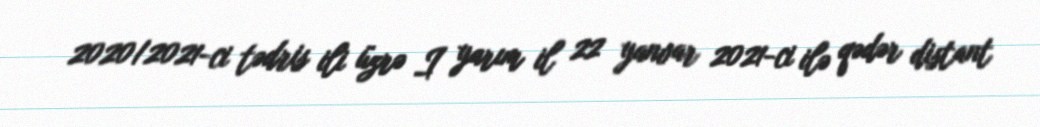
2020/2021-ci tədris ili üzrə I yarım il 22 yanvar 2021-ci ilə qədər distant